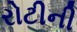
રોટીની